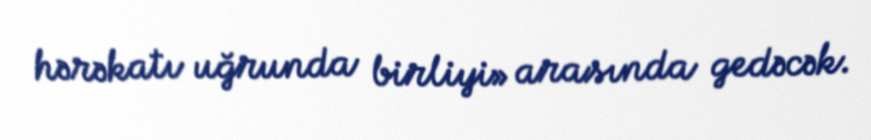
hərəkatı uğrunda birliyi» arasında gedəcək.